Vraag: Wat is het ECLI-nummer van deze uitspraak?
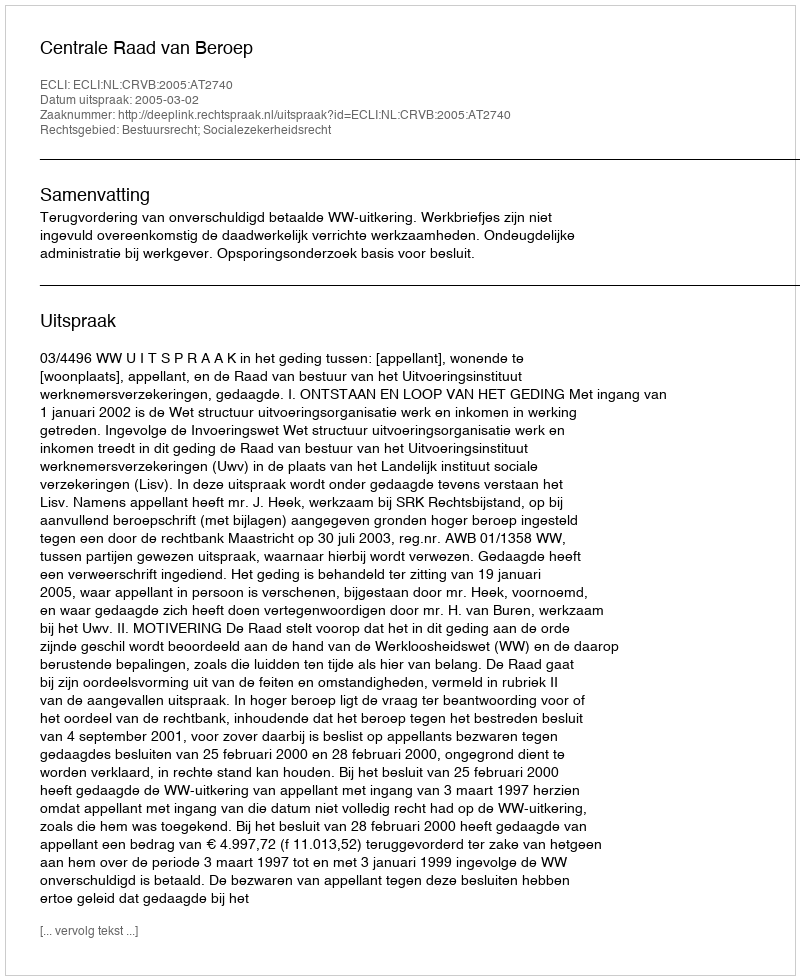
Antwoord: ECLI:NL:CRVB:2005:AT2740